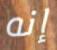
إنه